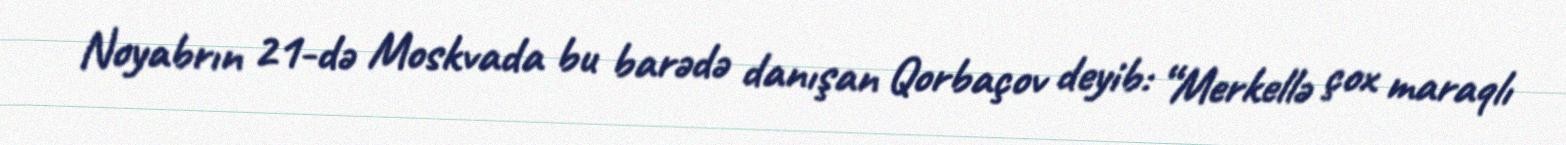
Noyabrın 21-də Moskvada bu barədə danışan Qorbaçov deyib: “Merkellə çox maraqlı